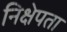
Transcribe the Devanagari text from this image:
निक्षेपता